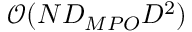
\mathcal { O } ( N D _ { M P O } D ^ { 2 } )